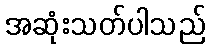
အဆုံးသတ်ပါသည်